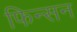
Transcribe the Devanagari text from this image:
फिन्सन